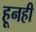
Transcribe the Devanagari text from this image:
हूनही